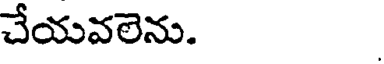
చేయవలెను.